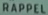
Rappel